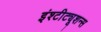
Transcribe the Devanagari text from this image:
इंश्टीट्यूशन्स